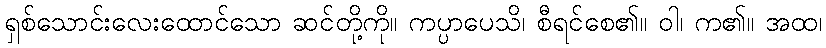
ရှစ်သောင်းလေးထောင်သော ဆင်တို့ကို။ ကပ္ပာပေသိ၊ စီရင်စေ၏။ ဝါ၊ က၏။ အထ၊